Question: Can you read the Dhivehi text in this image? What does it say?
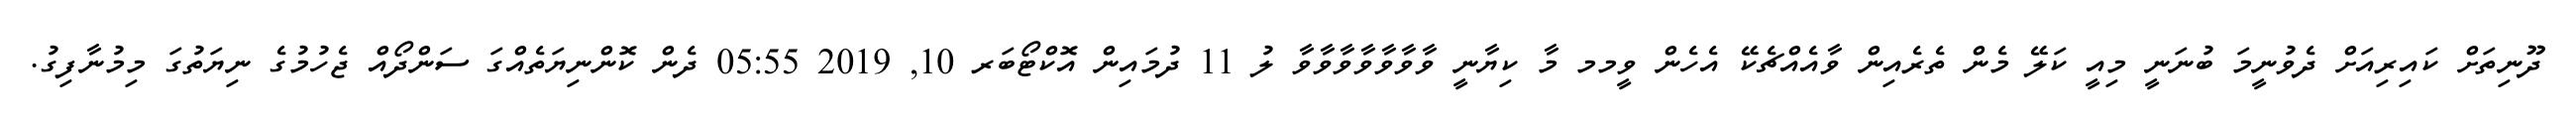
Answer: ދޫނިތަށް ކައިރިއަށް ދެވުނީމަ ބުނަނީ މިއީ ކަލޭ މެން ތެރެއިން ވާއެއްޗެކޭ އެހެން ވީމމ މާ ކިޔާނީ ވާވާވާވާވާވާވާ ލު 11 ދުމައިން އޮކްޓޯބަރ 10, 2019 05:55 ދެން ކޮންނިޔަތެއްގަ ސަންދޯއް ޖެހުމުގެ ނިޔަތުގަ މިމުނާފިގު.